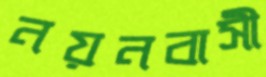
নয়নবাসী